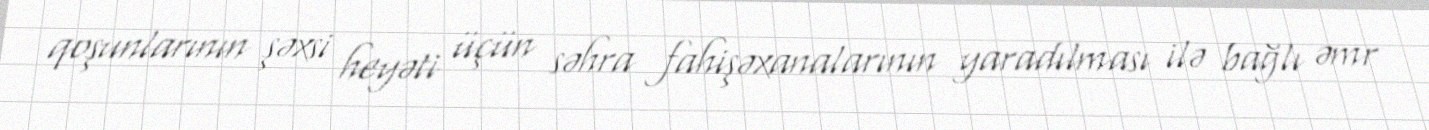
qoşunlarının şəxsi heyəti üçün səhra fahişəxanalarının yaradılması ilə bağlı əmr